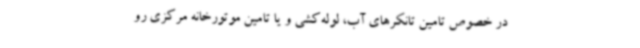
در خصوص تامین تانکرهای آب، لوله‌کشی و یا تامین موتورخانه مرکزی رو